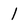
Character: I